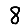
Digit: 8